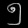
Digit: ၅